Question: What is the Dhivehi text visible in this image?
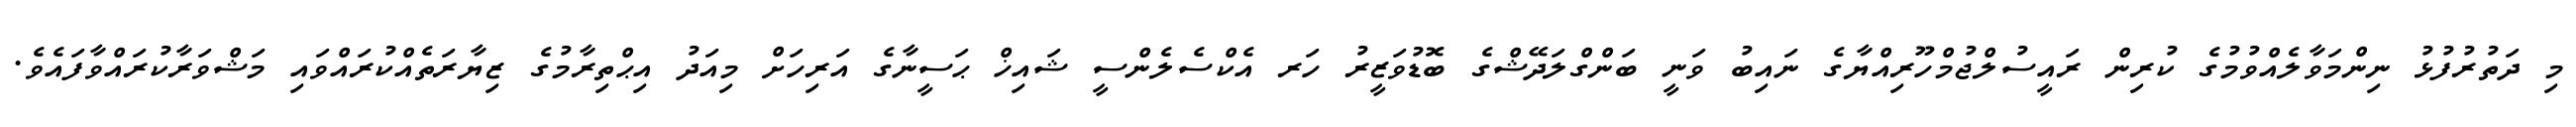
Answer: މި ދަތުރުފުޅު ނިންމަވާލެއްވުމުގެ ކުރިން ރައީސުލްޖުމްހޫރިއްޔާގެ ނައިބު ވަނީ ބަންގްލަދޭޝްގެ ބޮޑުވަޒީރު ހަރ އެކްސެލެންސީ ޝައިޚް ޙަސީނާގެ އަރިހަށް މިއަދު އިޙްތިރާމުގެ ޒިޔާރަތެއްކުރައްވައި މަޝްވަރާކުރައްވާފައެވެ.